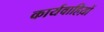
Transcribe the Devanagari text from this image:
कार्यवाहिय़ों